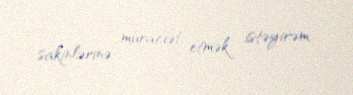
sakinlərinə müraciət etmək istəyirəm.